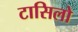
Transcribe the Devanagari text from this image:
टासिलो